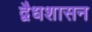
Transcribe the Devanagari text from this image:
द्वैधशासन